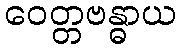
ဝေတ္တဗန္ဓာယ